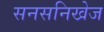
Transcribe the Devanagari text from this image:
सनसनिखेज